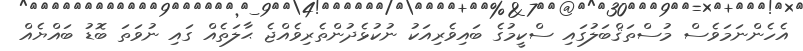
އެހެންނަމަވެސް މުސްތަޤްބަލުގައި ސްކީމުގެ ބައިވެރިއަކު ނުކުޅެދުންތެރިވެއްޖެ ޙާލަތެއް ގައި ނުވަތަ ބޮޑު ބައްޔެއް